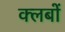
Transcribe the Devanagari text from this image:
क्‍लबों